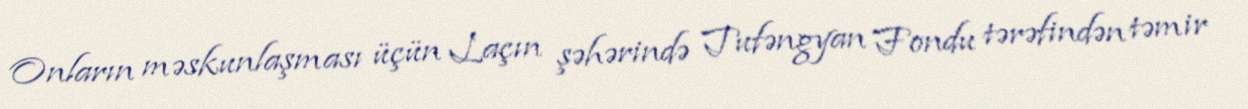
Onların məskunlaşması üçün Laçın şəhərində Tufəngyan Fondu tərəfindən təmir